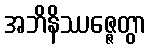
အဘိနိဿဇ္ဇေတွာ